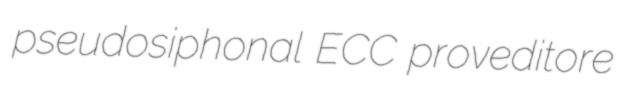
pseudosiphonal ECC proveditore